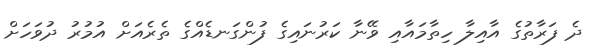
ދެ ފަރާތުގެ އާއިލާ ހިތާމައާއި ވޭނާ ކަރުނައިގެ ފުންގަނޑެއްގެ ތެރެއަށް އުމުރު ދުވަހަށް